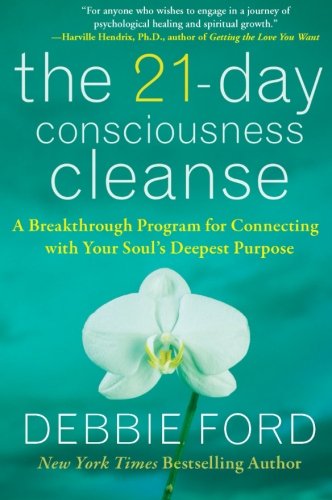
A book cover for The 21-Day Consciousness Cleanse: A Breakthrough Program for Connecting with Your Soul's Deepest Purpose; Debbie Ford; Health, Fitness & Dieting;